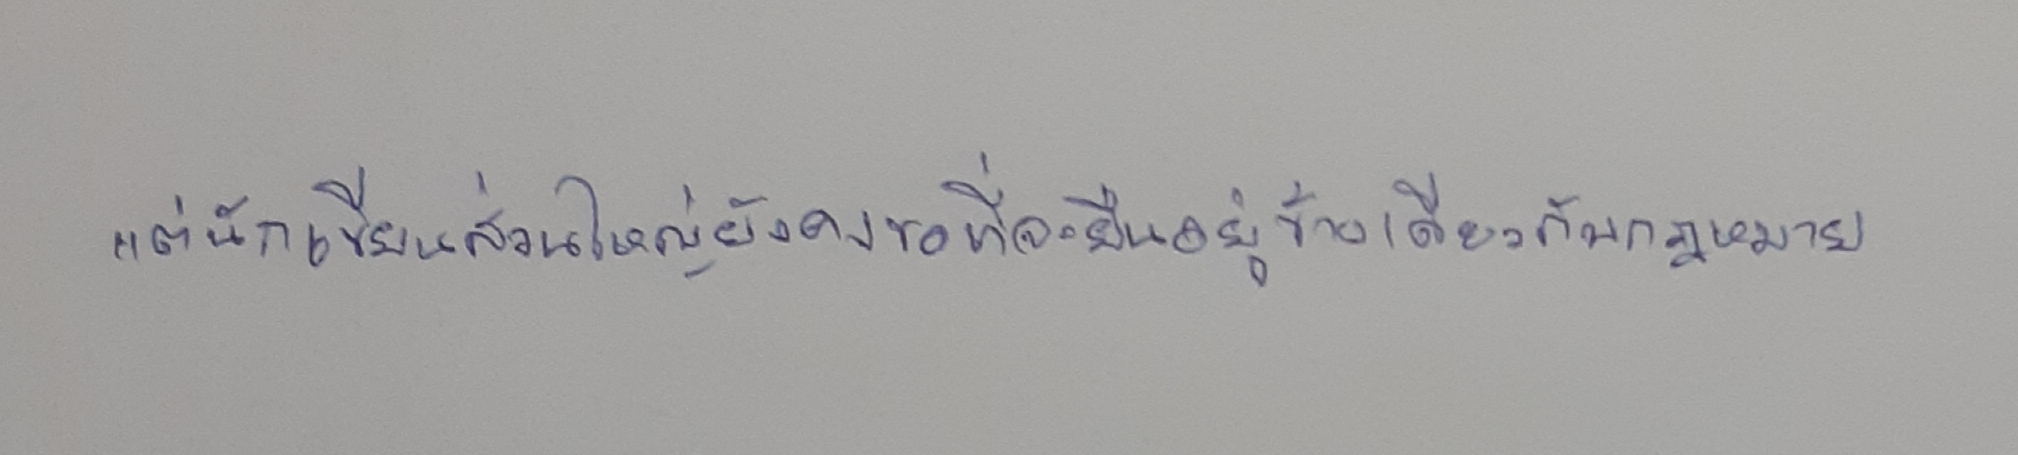
แต่นักเขียนส่วนใหญ่ยังคงขอที่จะยืนอยู่ข้างเดียวกับกฎหมาย